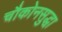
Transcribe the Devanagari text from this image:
चौकोनसुद्धा